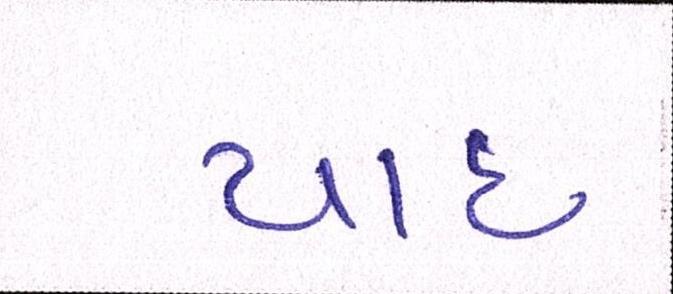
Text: યાદ